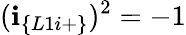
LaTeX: (\textbf{i}_{\{ L1i+\} })^{2}=-1